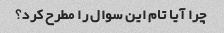
چرا آیا تام این سوال را مطرح کرد؟